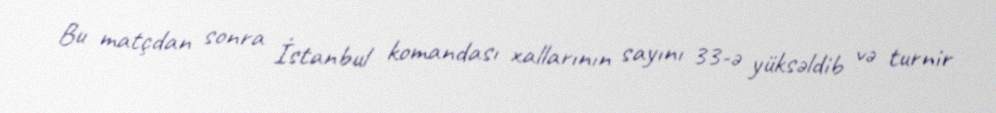
Bu matçdan sonra İstanbul komandası xallarının sayını 33-ə yüksəldib və turnir